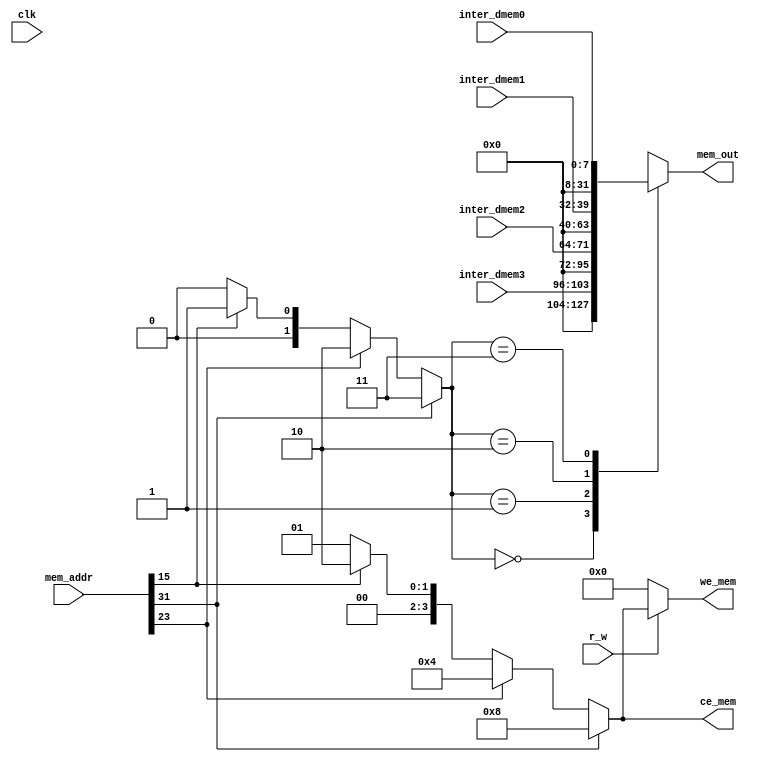
module dmem_communicate (clk, r_w, we_mem, ce_mem, mem_out, mem_addr, inter_dmem0, inter_dmem1, inter_dmem2, inter_dmem3);
    input 	 clk;
    input r_w;
    
    //output mem_data;
    output [3:0] we_mem;
    output [3:0] ce_mem;
    output [31:0] mem_out;

    input [31:0] mem_addr;
    input [7:0] inter_dmem0;
    input [7:0] inter_dmem1; 
    input [7:0] inter_dmem2; 
    input [7:0] inter_dmem3;

    wire [1:0] sel_mem;

    assign ce_mem = (mem_addr[31] == 1) ? 4'b1000 :
		       (mem_addr[23] == 1) ? 4'b0100 :
		       (mem_addr[15] == 1) ? 4'b0010 :
		       4'b0001;

    assign sel_mem = (mem_addr[31] == 1) ? 2'b11 :
        (mem_addr[23] == 1) ? 2'b10 :
        (mem_addr[15] == 1) ? 2'b01 :
        2'b00;
    
    always @* begin
      case (sel_mem)
	2'b00: mem_out = {24'b0,inter_dmem3};
	2'b01: mem_out = {24'b0,inter_dmem2};
	2'b10: mem_out = {24'b0,inter_dmem1};
	2'b11: mem_out = {24'b0,inter_dmem0};
      endcase // case (sel_mem)
   end

    always @* begin
        if (!r_w) begin
        we_mem = 4'b0000;
        end else if (mem_addr[31]) begin
        we_mem = 4'b1000;
        end else if (mem_addr[23]) begin
        we_mem = 4'b0100;
        end else if (mem_addr[15]) begin
        we_mem = 4'b0010;
        end else begin
        we_mem = 4'b0001;
        end
    end // always @ *



endmodule